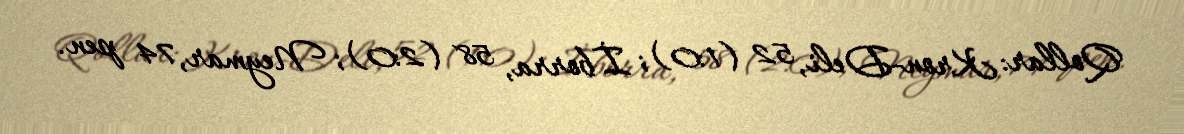
Qollar: Kron-Deli, 52 (1:0); İborra, 58 (2:0); Neymar, 74 pen.